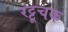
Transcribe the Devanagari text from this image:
रट्टूचक